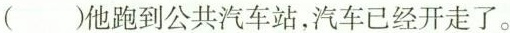
( )他跑到公共汽车站，汽车已经开走了。